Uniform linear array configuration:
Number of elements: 16
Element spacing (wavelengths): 0.5
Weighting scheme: blackman
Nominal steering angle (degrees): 45
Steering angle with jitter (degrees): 45.941
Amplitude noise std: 0.05
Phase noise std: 0.05

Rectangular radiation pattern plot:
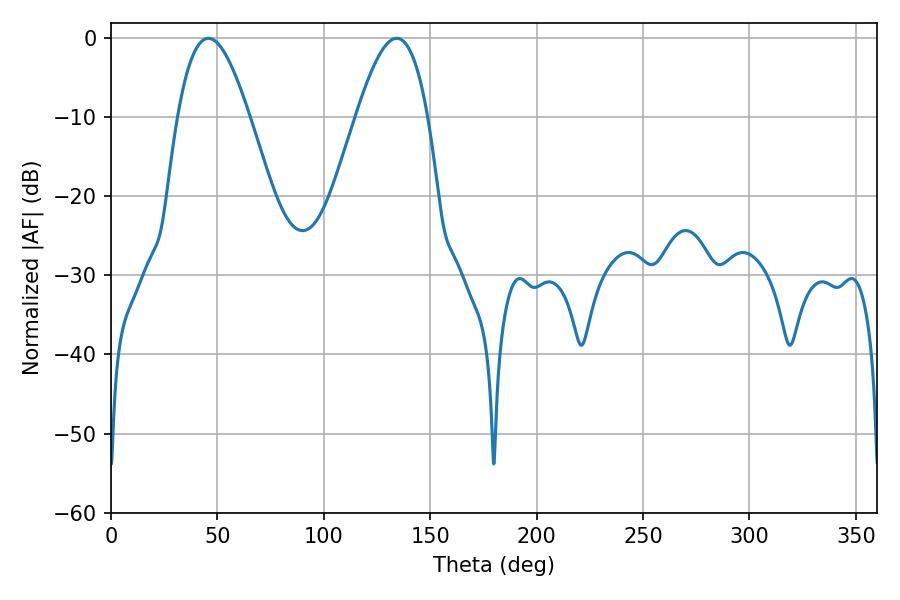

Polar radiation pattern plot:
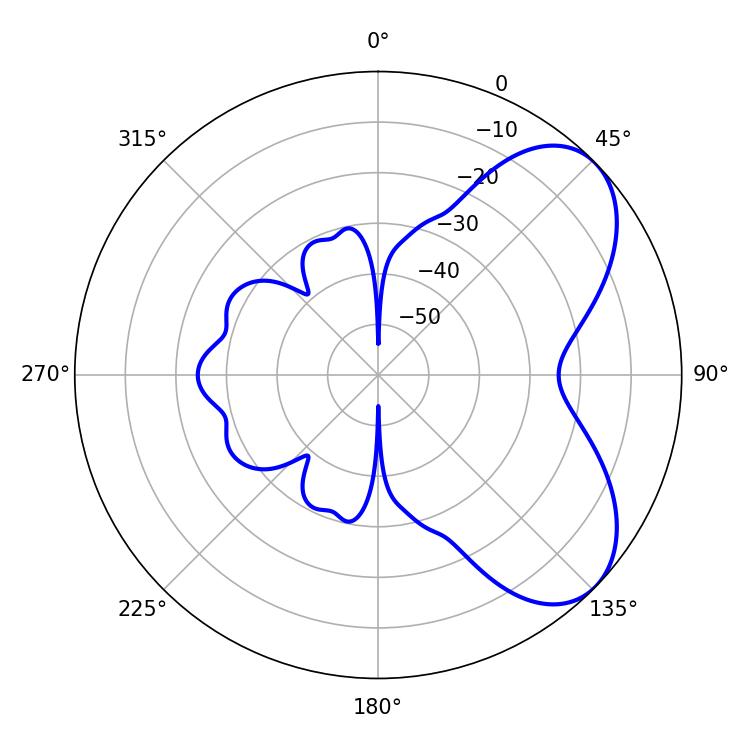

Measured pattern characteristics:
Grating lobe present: FALSE
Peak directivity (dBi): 5.985
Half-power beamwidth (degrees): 18.18
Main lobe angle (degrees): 45.72